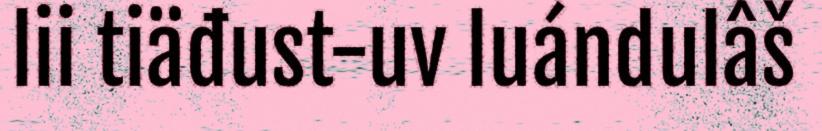
lii tiäđust-uv luándulâš